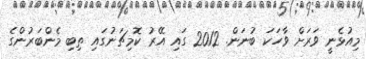
މިއުޅެނީ ވަރަށް ވާހަކަ ބުނަން. 2012 ގައި އޭރު ކޮމިޗަނުގައި ތިބި މެންބަރުންގެ